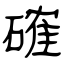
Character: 確